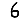
Digit: 6